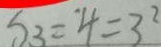
S _ { 3 } = \cdot 4 = 3 ^ { 2 }